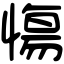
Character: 慯